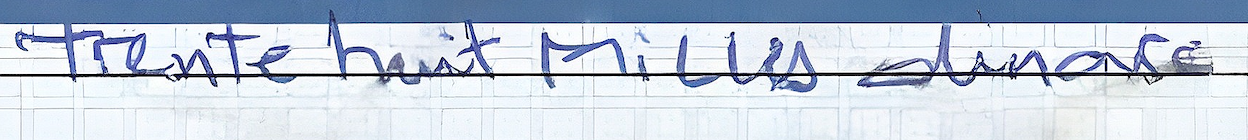
Trente huit Milles dinars